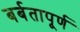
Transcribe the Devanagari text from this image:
बर्बतापूर्ण